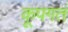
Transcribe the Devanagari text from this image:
कूपगतं